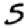
Digit: 5